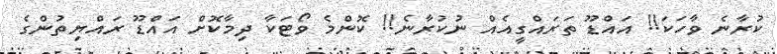
ކުރާނެ ވާހަކަ!! އައްޑޫ ތަރައްގީއެއް ނުކުރާނެ!! ކޮންމެ ވޯޓަކާ ދިމާކޮށް އައްޑޫ ރައްޔިތުންގެ